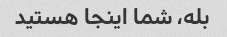
بله، شما اینجا هستید